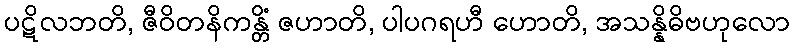
ပဋိလဘတိ, ဇီဝိတနိကန္တိံ ဇဟာတိ, ပါပဂရဟီ ဟောတိ, အသန္နိဓိဗဟုလော